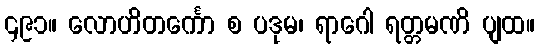
၄၉၁။ လောဟိတင်္ကော စ ပဒုမ၊ ရာဂေါ ရတ္တမဏိ ပျထ။